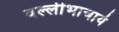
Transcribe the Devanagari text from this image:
वल्लीभाचार्य